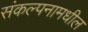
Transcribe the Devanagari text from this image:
संकल्पनामधील